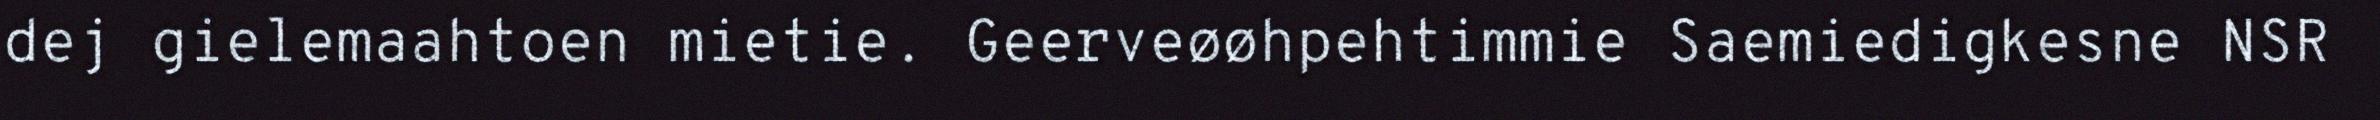
dej gielemaahtoen mietie. Geerveøøhpehtimmie Saemiedigkesne NSR